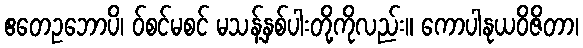
ဧတေဥဘောပိ၊ ဝ်စင်မစင် မသန့်နှစ်ပါးတို့ကိုလည်း။ ကောပါနုယဝိဇိတာ၊